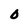
Character: 0